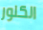
الكلور